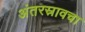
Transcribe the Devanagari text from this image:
अंतरस्रावचा